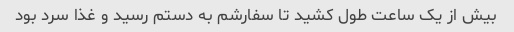
بیش از یک ساعت طول کشید تا سفارشم به دستم رسید و غذا سرد بود